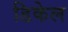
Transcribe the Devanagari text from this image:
डिकेल